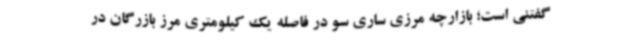
گفتنی است؛ بازارچه مرزی ساری سو در فاصله یک کیلومتری مرز بازرگان در